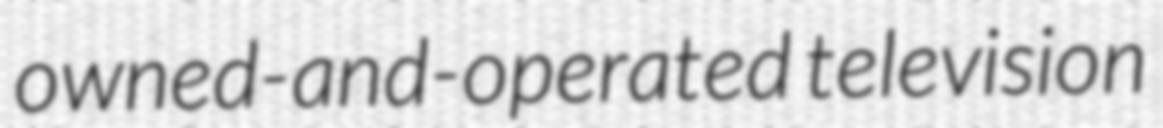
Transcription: owned-and-operated television